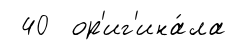
40 ор'иг'ина́ла